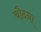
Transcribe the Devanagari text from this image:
चौदना